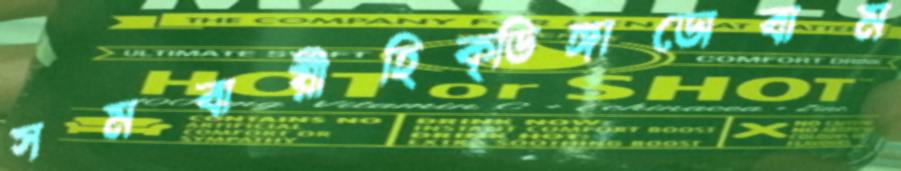
সমবায়ীহিক্ডিঙ্গাডোবাম